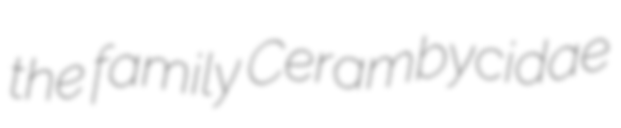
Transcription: the family Cerambycidae